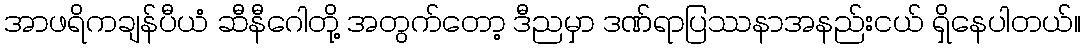
အာဖရိကချန်ပီယံ ဆီနီဂေါတို့ အတွက်တော့ ဒီညမှာ ဒဏ်ရာပြဿနာအနည်းငယ် ရှိနေပါတယ်။